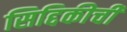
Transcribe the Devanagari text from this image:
सिद्दिकीची